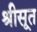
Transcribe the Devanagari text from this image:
श्रीसूत